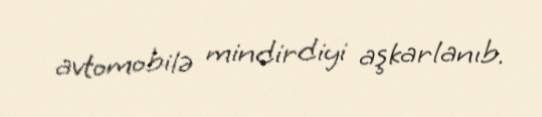
avtomobilə mindirdiyi aşkarlanıb.